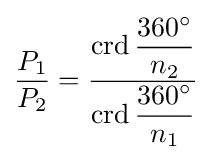
{\frac {P_{1}}{P_{2}}}={\frac {\operatorname {crd} {\dfrac {360^{\circ }}{n_{2}}}}{\operatorname {crd} {\dfrac {360^{\circ }}{n_{1}}}}}